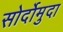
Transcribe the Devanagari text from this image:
सोर्दोमुदा